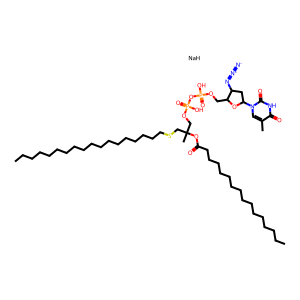
SMILES: CCCCCCCCCCCCCCCCCCSCC(C)(COP(=O)(O)OP(=O)(O)OCC1OC(n2cc(C)c(=O)[nH]c2=O)CC1N=[N+]=[N-])OC(=O)CCCCCCCCCCCCCCC.[NaH]
Inhibits HIV replication: Yes